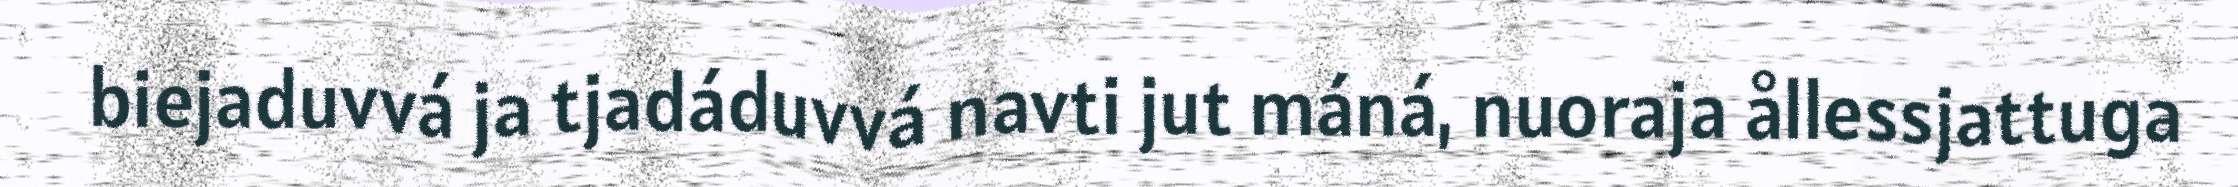
biejaduvvá ja tjadáduvvá navti jut máná, nuoraja ållessjattuga